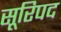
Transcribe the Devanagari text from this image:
सूरिपद